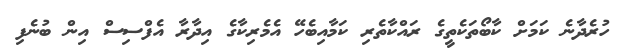
ހުރެދާނެ ކަމަށް ކާބޯތަކެތީގެ ރައްކާތެރި ކަމާއިބެހޭ އެމެރިކާގެ އިދާރާ އެފްސިސް އިން ބުނެފި